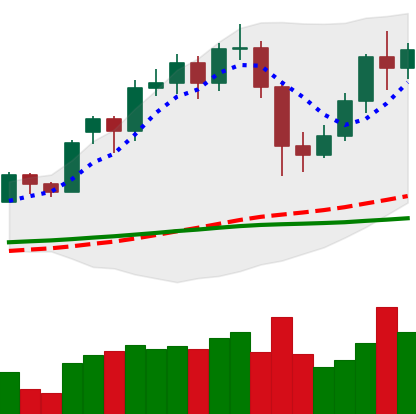
Ticker: LTC-USD
Chart end date: 2020-12-02
Forward return: -5.889%
Label: down_5_7